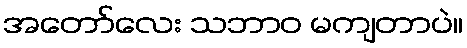
အတော်လေး သဘာဝ မကျတာပဲ။